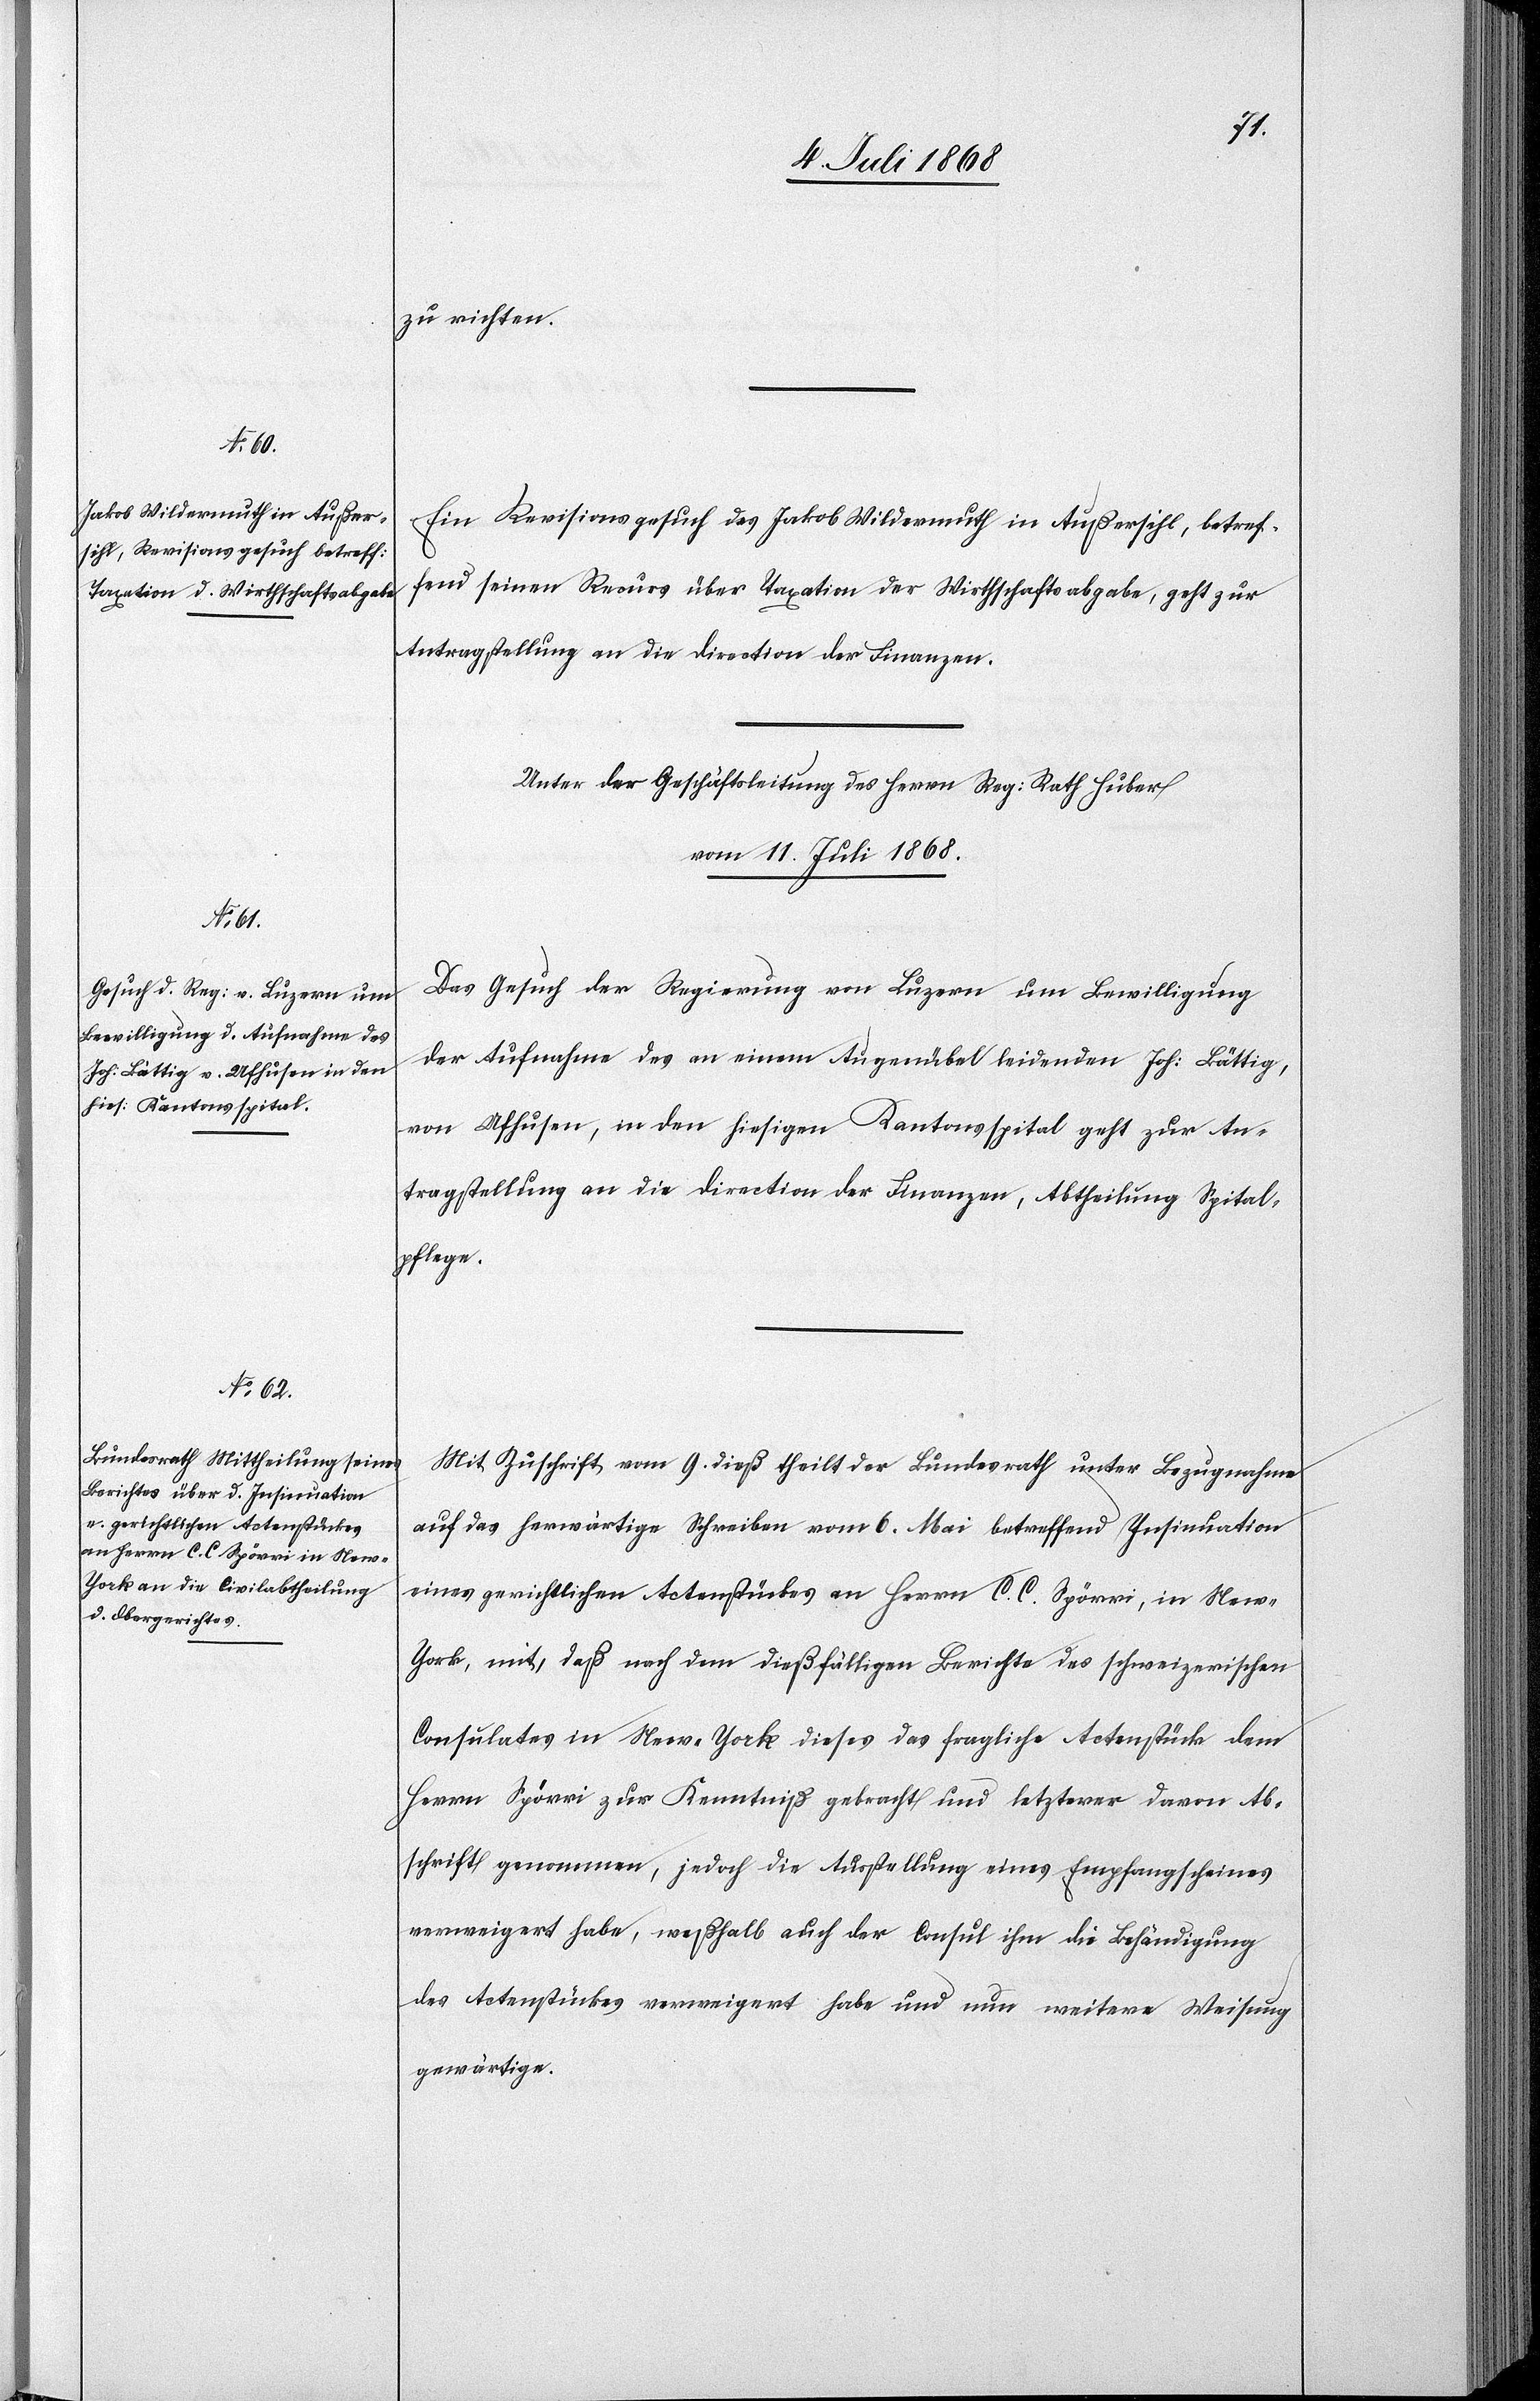
zu richten.
Ein Revisionsgesuch des Jakob Wildermuth in Außersihl, betref¬
fend seinen Recurs über Taxation der Wirthschaftsabgabe, geht zur
Antragstellung an die Direction der Finanzen.
Unter der Geschäftsleitung des Herrn Reg: Rath Huber
vom 11. Juli 1868.]
Das Gesuch der Regierung von Luzern um Bewilligung
der Aufnahme des an einem Augenübel leidenden Joh: Bättig,
von Ufhusen, in den hiesigen Kantonsspital geht zur An¬
tragstellung an die Direction der Finanzen, Abtheilung Spital¬
pflege.
Mit Zuschrift vom 9. dieß theilt der Bundesrath unter Bezugnahme
auf das herwärtige Schreiben vom 6. Mai betreffend Insinuation
eines gerichtlichen Actenstückes an Herrn C. C. Spörri, in Ne¬
w-York, mit, daß nach dem dießfälligen Berichte des schweizerischen
Consulates in New-York dieses das fragliche Actenstück dem
Herrn Spörri zur Kenntniß gebracht und letzterer davon Ab¬
schrift genommen, jedoch die Ausstellung eines Empfangscheines
verweigert habe, weßhalb auch der Consul ihm die Behändigung
des Actenstückes verweigert habe und nun weitere Weisung
gewärtige.